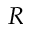
R